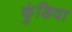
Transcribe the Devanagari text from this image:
कुंडिया